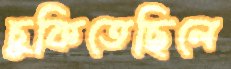
চুকিতেছিলে